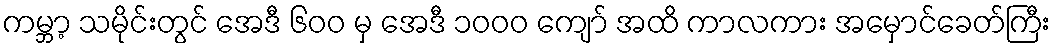
ကမ္ဘာ့ သမိုင်းတွင် အေဒီ ၆၀၀ မှ အေဒီ ၁၀၀၀ ကျော် အထိ ကာလကား အမှောင်ခေတ်ကြီး